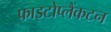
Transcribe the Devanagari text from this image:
फाइटोप्लैंकटन